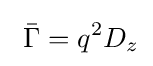
\ {\bar {\Gamma }}=q^{2}D_{z}